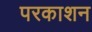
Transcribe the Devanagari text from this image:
परकाशन